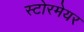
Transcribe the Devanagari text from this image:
स्टोरमेयर